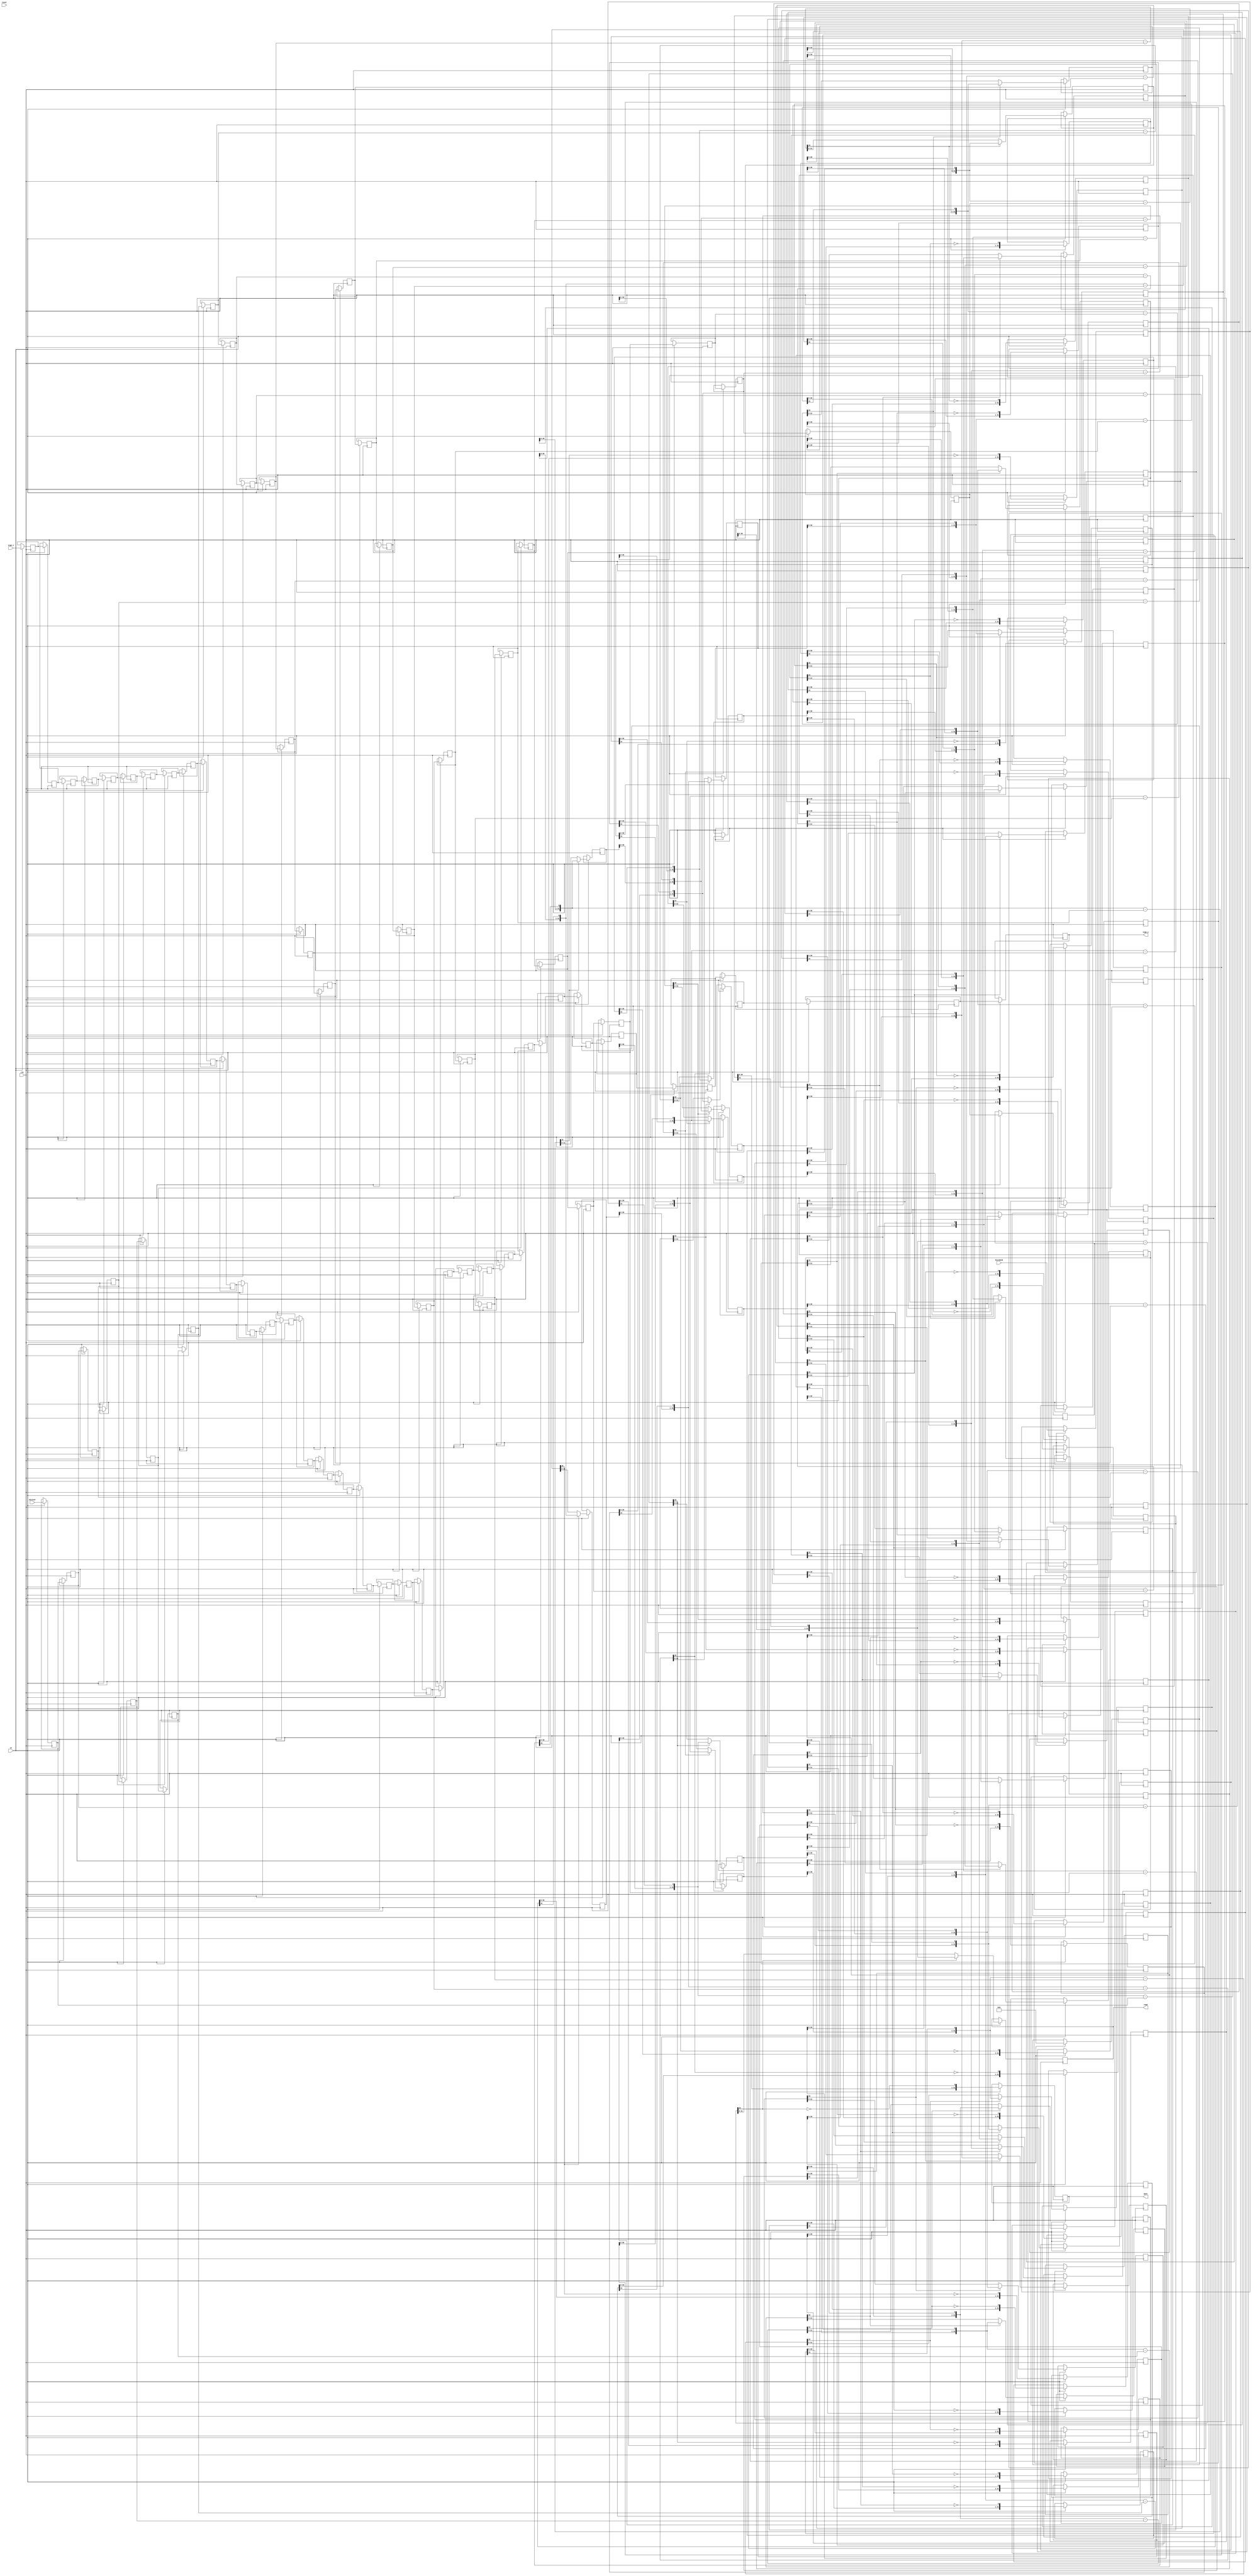
// ==============================================================
// File generated by Vivado(TM) HLS - High-Level Synthesis from C, C++ and SystemC
// Version: 2016.4
// Copyright (C) 1986-2017 Xilinx, Inc. All Rights Reserved.
// 
// ==============================================================

`timescale 1 ns / 1 ps

module col2im_cpu_sdiv_3hbi_div_u
#(parameter
    in0_WIDTH = 32,
    in1_WIDTH = 32,
    out_WIDTH = 32
)
(
    input                       clk,
    input                       reset,
    input                       ce,
    input       [in0_WIDTH-1:0] dividend,
    input       [in1_WIDTH-1:0] divisor,
    input       [1:0]           sign_i,
    output wire [1:0]           sign_o,
    output wire [out_WIDTH-1:0] quot,
    output wire [out_WIDTH-1:0] remd
);

localparam cal_WIDTH = (in0_WIDTH > in1_WIDTH)? in0_WIDTH : in1_WIDTH;

//------------------------Local signal-------------------
reg  [in0_WIDTH-1:0] dividend_tmp[0:in0_WIDTH];
reg  [in1_WIDTH-1:0] divisor_tmp[0:in0_WIDTH];
reg  [in0_WIDTH-1:0] remd_tmp[0:in0_WIDTH];
wire [in0_WIDTH-1:0] comb_tmp[0:in0_WIDTH-1];
wire [cal_WIDTH:0]   cal_tmp[0:in0_WIDTH-1];
reg  [1:0]           sign_tmp[0:in0_WIDTH];
//------------------------Body---------------------------
assign  quot    = dividend_tmp[in0_WIDTH];
assign  remd    = remd_tmp[in0_WIDTH];
assign  sign_o  = sign_tmp[in0_WIDTH];

// dividend_tmp[0], divisor_tmp[0], remd_tmp[0]
always @(posedge clk)
begin
    if (ce) begin
        dividend_tmp[0] <= dividend;
        divisor_tmp[0]  <= divisor;
        sign_tmp[0]     <= sign_i;
        remd_tmp[0]     <= 1'b0;
    end
end

genvar i;
generate 
    for (i = 0; i < in0_WIDTH; i = i + 1)
    begin : loop
        if (in0_WIDTH == 1) assign  comb_tmp[i]     = dividend_tmp[i][0];
        else                assign  comb_tmp[i]     = {remd_tmp[i][in0_WIDTH-2:0], dividend_tmp[i][in0_WIDTH-1]};
        assign  cal_tmp[i]      = {1'b0, comb_tmp[i]} - {1'b0, divisor_tmp[i]};

        always @(posedge clk)
        begin
            if (ce) begin
                if (in0_WIDTH == 1) dividend_tmp[i+1] <= ~cal_tmp[i][cal_WIDTH];
                else                dividend_tmp[i+1] <= {dividend_tmp[i][in0_WIDTH-2:0], ~cal_tmp[i][cal_WIDTH]};
                divisor_tmp[i+1]  <= divisor_tmp[i];
                remd_tmp[i+1]     <= cal_tmp[i][cal_WIDTH]? comb_tmp[i] : cal_tmp[i][in0_WIDTH-1:0];
                sign_tmp[i+1]     <= sign_tmp[i];
            end
        end
    end
endgenerate

endmodule

module col2im_cpu_sdiv_3hbi_div
#(parameter
        in0_WIDTH   = 32,
        in1_WIDTH   = 32,
        out_WIDTH   = 32
)
(
        input                           clk,
        input                           reset,
        input                           ce,
        input           [in0_WIDTH-1:0] dividend,
        input           [in1_WIDTH-1:0] divisor,
        output  reg     [out_WIDTH-1:0] quot,
        output  reg     [out_WIDTH-1:0] remd
);
//------------------------Local signal-------------------
reg     [in0_WIDTH-1:0] dividend0;
reg     [in1_WIDTH-1:0] divisor0;
wire    [in0_WIDTH-1:0] dividend_u;
wire    [in1_WIDTH-1:0] divisor_u;
wire    [out_WIDTH-1:0] quot_u;
wire    [out_WIDTH-1:0] remd_u;
wire    [1:0]   sign_i;
wire    [1:0]   sign_o;
//------------------------Instantiation------------------
col2im_cpu_sdiv_3hbi_div_u #(
    .in0_WIDTH      ( in0_WIDTH ),
    .in1_WIDTH      ( in1_WIDTH ),
    .out_WIDTH      ( out_WIDTH )
) col2im_cpu_sdiv_3hbi_div_u_0 (
    .clk      ( clk ),
    .reset    ( reset ),
    .ce       ( ce ),
    .dividend ( dividend_u ),
    .divisor  ( divisor_u ),
    .sign_i   ( sign_i ),
    .sign_o   ( sign_o ),
    .quot     ( quot_u ),
    .remd     ( remd_u )
);
//------------------------Body---------------------------
assign sign_i     = {dividend0[in0_WIDTH-1] ^ divisor0[in1_WIDTH-1], dividend0[in0_WIDTH-1]};
assign dividend_u = dividend0[in0_WIDTH-1]? ~dividend0[in0_WIDTH-1:0] + 1'b1 :
                                              dividend0[in0_WIDTH-1:0];
assign divisor_u  = divisor0[in1_WIDTH-1]?  ~divisor0[in1_WIDTH-1:0] + 1'b1 :
                                              divisor0[in1_WIDTH-1:0];

always @(posedge clk)
begin
    if (ce) begin
        dividend0 <= dividend;
        divisor0  <= divisor;
    end
end

always @(posedge clk)
begin
    if (ce) begin
        if (sign_o[1])
            quot <= ~quot_u + 1'b1;
        else
            quot <= quot_u;
    end
end

always @(posedge clk)
begin
    if (ce) begin
        if (sign_o[0])
            remd <= ~remd_u + 1'b1;
        else
            remd <= remd_u;
    end
end

endmodule



`timescale 1 ns / 1 ps
module col2im_cpu_sdiv_3hbi(
    clk,
    reset,
    ce,
    din0,
    din1,
    dout);

parameter ID = 32'd1;
parameter NUM_STAGE = 32'd1;
parameter din0_WIDTH = 32'd1;
parameter din1_WIDTH = 32'd1;
parameter dout_WIDTH = 32'd1;
input clk;
input reset;
input ce;
input[din0_WIDTH - 1:0] din0;
input[din1_WIDTH - 1:0] din1;
output[dout_WIDTH - 1:0] dout;

wire[dout_WIDTH - 1:0] sig_remd;


col2im_cpu_sdiv_3hbi_div #(
.in0_WIDTH( din0_WIDTH ),
.in1_WIDTH( din1_WIDTH ),
.out_WIDTH( dout_WIDTH ))
col2im_cpu_sdiv_3hbi_div_U(
    .dividend( din0 ),
    .divisor( din1 ),
    .quot( dout ),
    .remd( sig_remd ),
    .clk( clk ),
    .ce( ce ),
    .reset( reset ));

endmodule